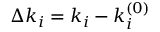
\Delta k _ { i } = k _ { i } - k _ { i } ^ { ( 0 ) }